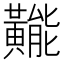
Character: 𪏛